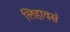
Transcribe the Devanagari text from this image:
लिहावसं